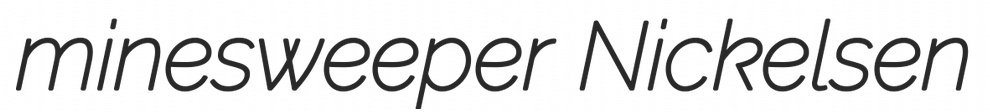
minesweeper Nickelsen